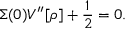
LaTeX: \Sigma ( 0 ) V ^ { \prime \prime } [ \rho ] + \frac { 1 } { 2 } = 0 .